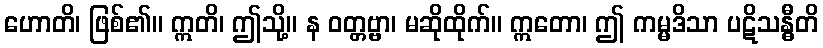
ဟောတိ၊ ဖြစ်၏။ ဣတိ၊ ဤသို့။ န ဝတ္တဗ္ဗာ၊ မဆိုထိုက်။ ဣတော၊ ဤ ကမ္မဒိသာ ပဋိသန္ဓီတိ